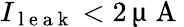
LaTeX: I_{\mathrm{~l~e~a~k~}}<2\, \upmu\mathrm{~A~}